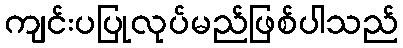
ကျင်းပပြုလုပ်မည်ဖြစ်ပါသည်